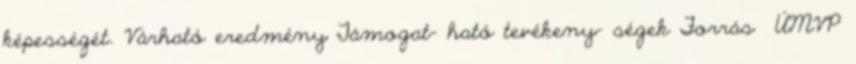
képességét. Várható eredmény Támogat- ható tevékeny- ségek Forrás ▪ÚMVP